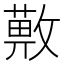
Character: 𢿯